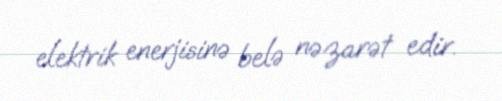
elektrik enerjisinə belə nəzarət edir.